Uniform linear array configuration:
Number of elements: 48
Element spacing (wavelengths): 0.25
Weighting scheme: exponential
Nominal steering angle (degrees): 0
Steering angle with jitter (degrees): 1.711
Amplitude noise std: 0.05
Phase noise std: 0.05

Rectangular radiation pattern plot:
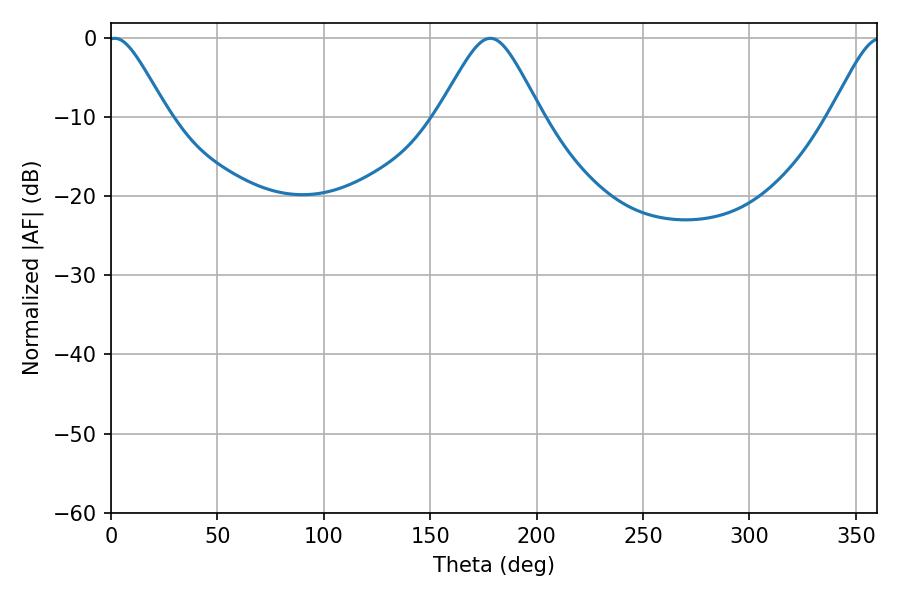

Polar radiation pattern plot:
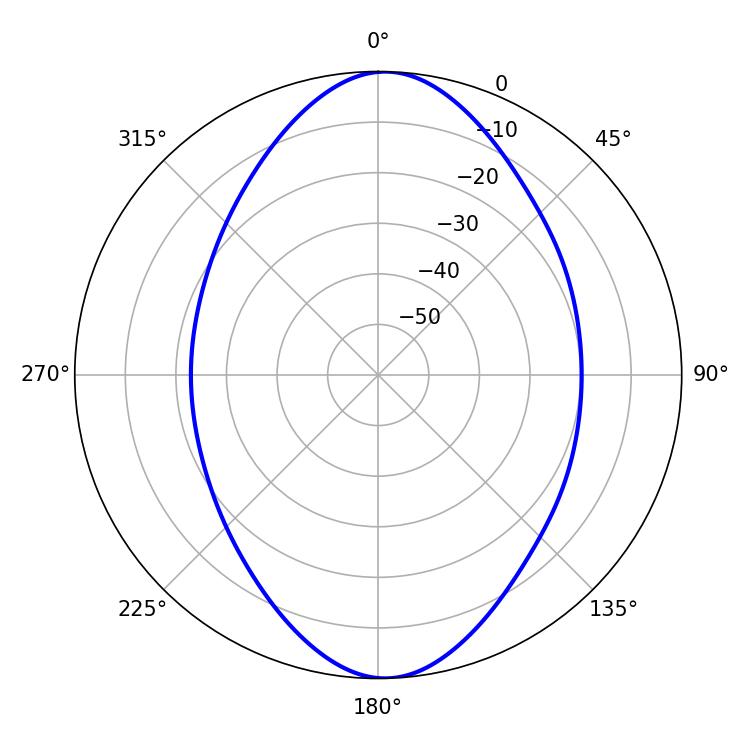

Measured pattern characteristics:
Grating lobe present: FALSE
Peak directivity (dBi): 16.288
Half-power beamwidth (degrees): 13.68
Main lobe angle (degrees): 1.8